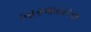
બારવાયરસ